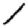
Digit: 1